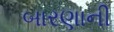
બારણાની